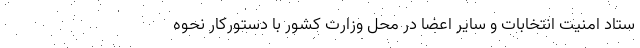
ستاد امنیت انتخابات و سایر اعضا در محل وزارت کشور با دستورکار نحوه